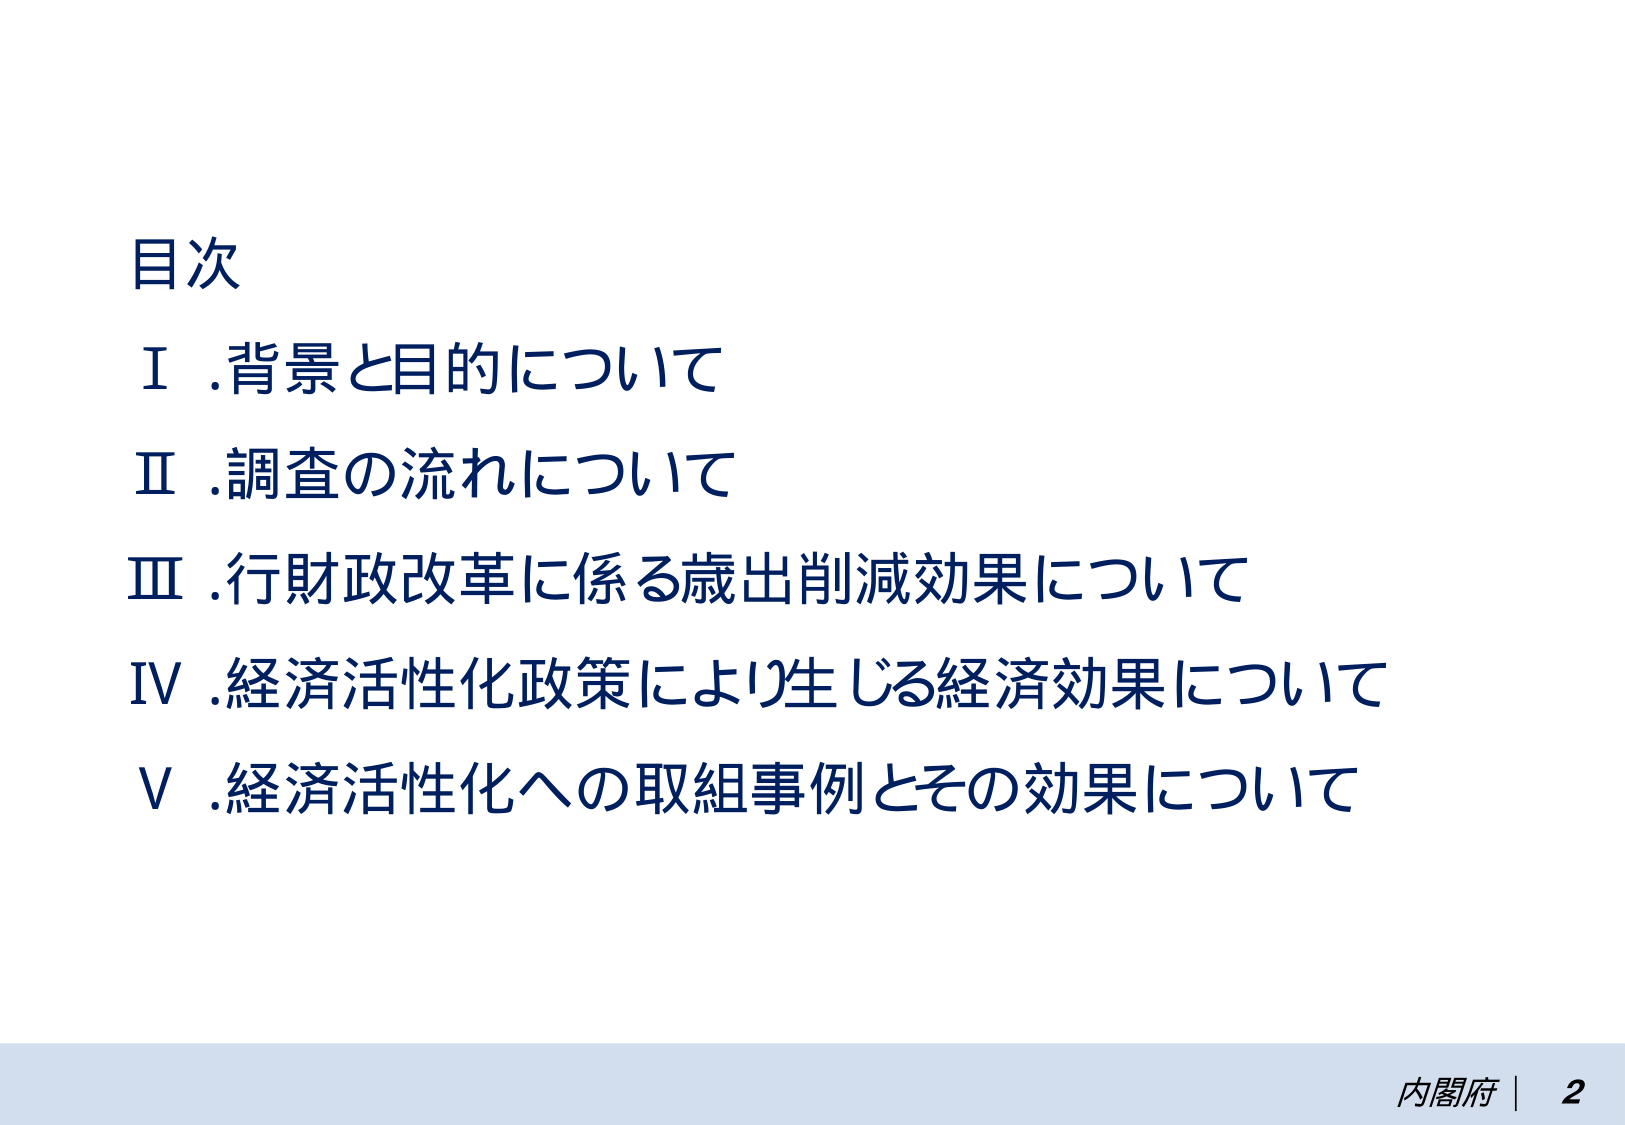
目次
Ⅰ．背景と目的について
Ⅱ．調査の流れについて
Ⅲ．行財政改革に係る歳出削減効果について
Ⅳ．経済活性化政策により生じる経済効果について
Ⅴ．経済活性化への取組事例とその効果について
内閣府 | 2